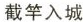
截竿入城